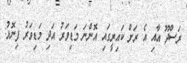
ރަސްދޫ އާއި އެ ރަށް ކައިރީގައި އޮންނަ މަޑިވަރު އަދި މަޑިވަރު ފިނޮޅު: